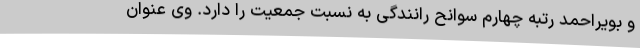
و بویراحمد رتبه چهارم سوانح رانندگی به نسبت جمعیت را دارد. وی عنوان